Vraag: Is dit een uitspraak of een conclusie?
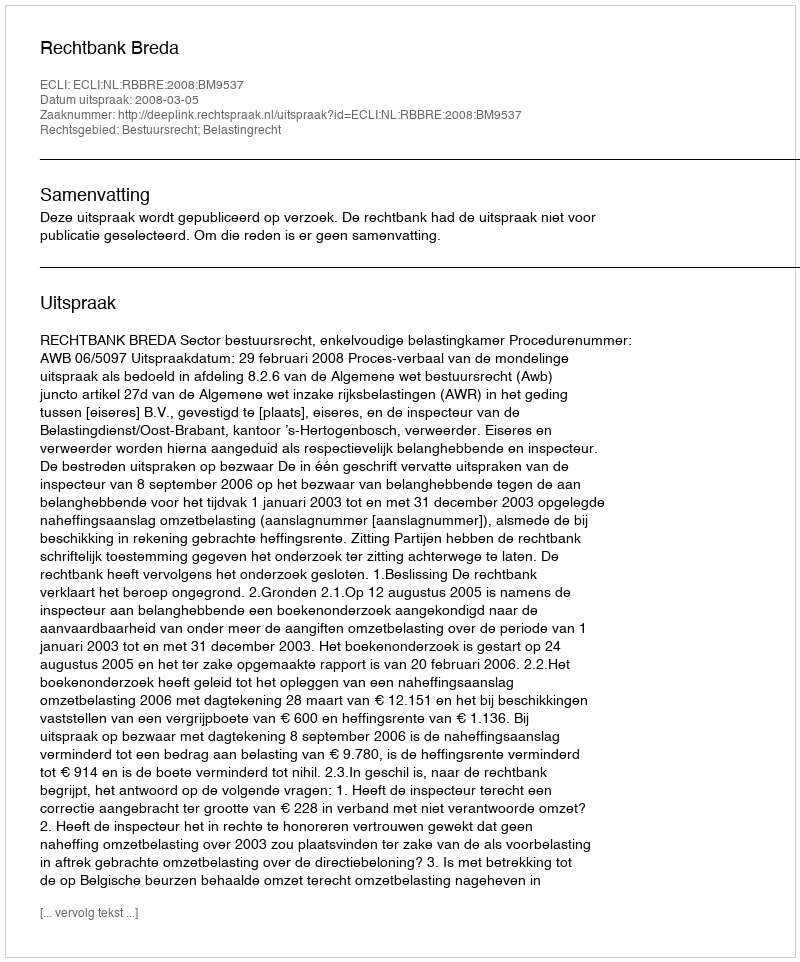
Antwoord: Uitspraak